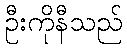
ဦးကိုနီသည်